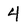
Character: 4